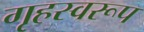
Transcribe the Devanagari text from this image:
गृहस्वरूप